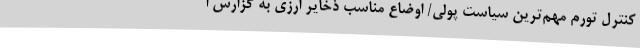
کنترل تورم مهم‌ترین سیاست پولی/ اوضاع مناسب ذخایر ارزی به گزارش ا